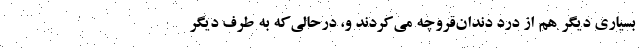
بسیاری دیگر هم از درد دندان‌قروچه می‌کردند و، درحالی‌که به طرف دیگر